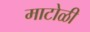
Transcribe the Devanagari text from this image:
माटोळी